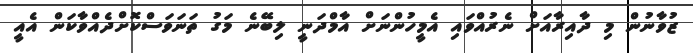
ޒުވާނުން މި ދާއިރާއަށް ނެރުއްވައި އެމީހުންނަށް އާމްދަނީ ލިބޭނެ މަގު ތަނަވަސްކޮށްދެއްވާކަން އެއީ